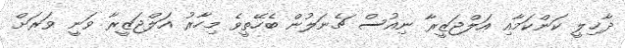
ދާޚިލީ ކަންކަމާއި އަލްޖަޒީރާ ނިއުސް ޗެނަލުން ބެހޭތީވެ މިހާރު އަލްޖަޒީރާ ވަނީ ވަރަށް